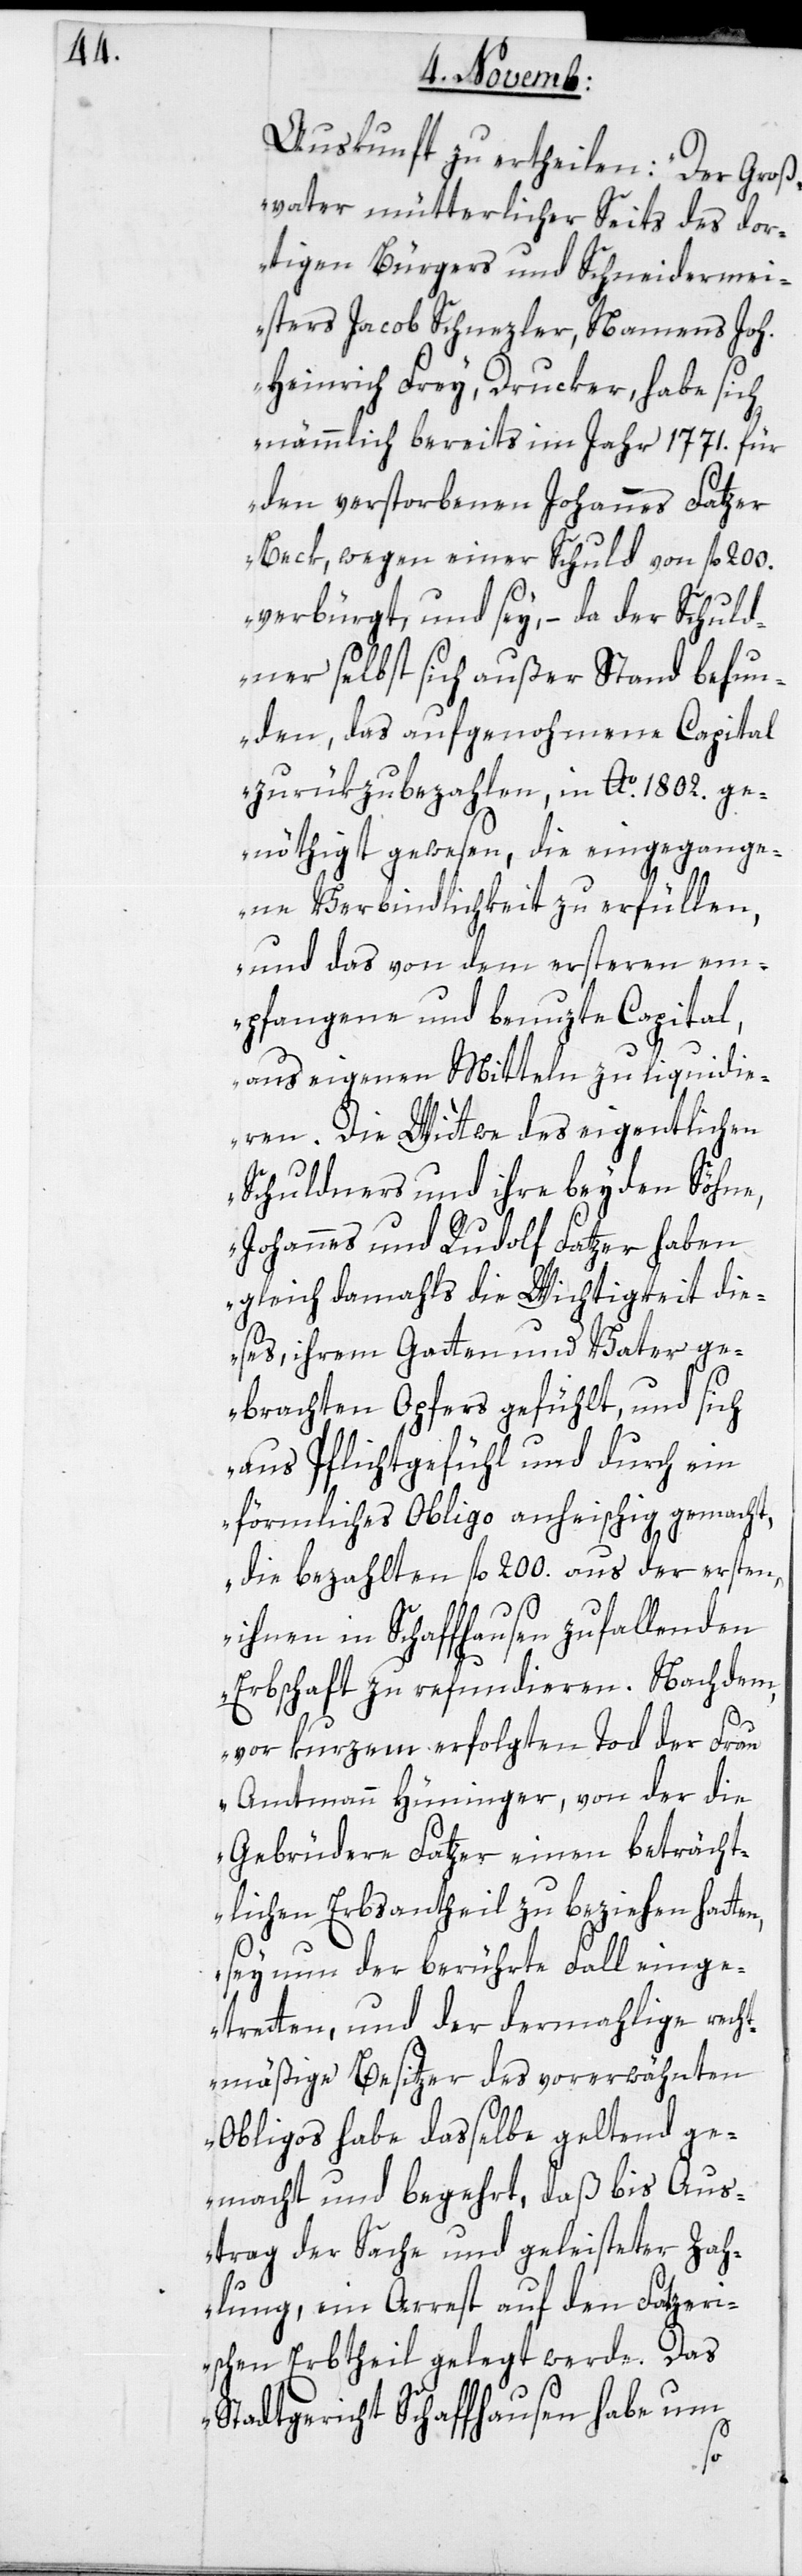
Auskunft zu ertheilen: „Der Groß¬
vater mütterlicher Seits des dor¬
tigen Bürgers und Schneidermei¬
sters Jacob Schnezler, namens Joh.
Heinrich Frey, Drucker, habe sich
nämmlich bereits im Jahr 1771. für
den verstorbenen Johannes Fatzer,
Beck, wegen einer Schuld von fl 200.
verbürgt, und sey, – da der Schuld¬
ner selbst sich außer Stand befun¬
den, das aufgenohmene Capital
zurükzubezahlen, in Ao. 1802. ge¬
nöthigt gewesen, die eingegange¬
ne Verbindlichkeit zu erfüllen,
und das von dem ersteren em¬
pfangene und benuzte Capital,
aus eigenen Mitteln zu liquidie¬
ren. Die Wittwe des eigentlichen
Schuldners und ihre beyden Söhne,
Johannes und Rudolf Fatzer haben
gleich damahls die Wichtigkeit die¬
ses, ihrem Gatten und Vater ge¬
brachten Opfers gefühlt, und sich
aus Pflichtgefühl und durch ein
förmliches Obligo anheischig gemacht,
die bezahlten fl. 200. aus der ersten,
ihnen in Schaffhausen zufallenden
Erbschaft zu refundieren. Nach dem,
n,
vor kurzem erfolgten Tod der Frau
Amtmann Hüninger, von der die
Gebrüdern Fatzer einen beträcht¬
lichen Erbsantheil zu beziehen hatte¬
sey nun der berührte Fall einge¬
treten, und der dermalige recht¬
mäßige Besitzer des vorerwähnten
Obligos habe dasselbe geltend ge¬
macht und begehrt, daß bis Aus¬
trag der Sache und geleisteter Zah¬
lung, ein Arrest auf den Fatzer¬
ischen Erbtheil gelegt werde. Das
Stadtgericht Schaffhausen habe um